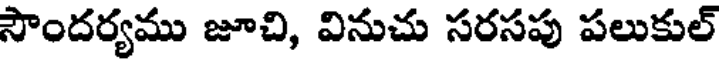
సౌందర్యము జూచి, వినుచు సరసపు పలుకుల్